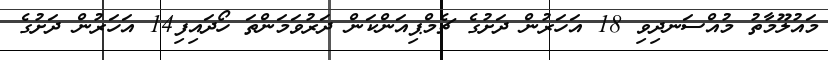
މައުލޫމާތު މުއްސަނދިވި 18 އަހަރުން ދަށުގެ ޗެމްޕިއަންކަން ދަރުވަމަންތަ ހޯދައިފި14 އަހަރުން ދަށުގެ